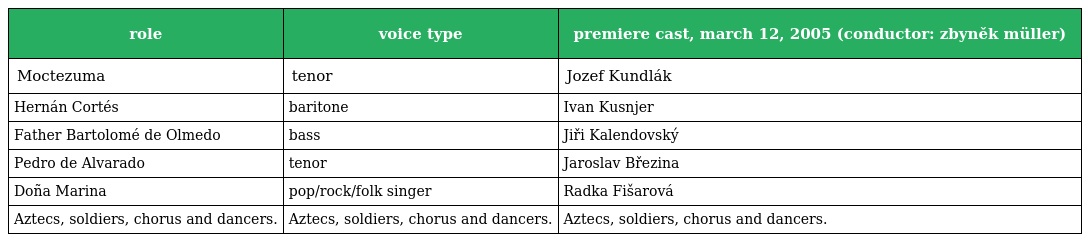
| role | voice type | premiere cast, march 12, 2005 (conductor: zbyněk müller) |
 | --- | --- | --- |
 | Moctezuma | tenor | Jozef Kundlák |
 | Hernán Cortés | baritone | Ivan Kusnjer |
 | Father Bartolomé de Olmedo | bass | Jiři Kalendovský |
 | Pedro de Alvarado | tenor | Jaroslav Březina |
 | Doña Marina | pop/rock/folk singer | Radka Fišarová |
 | Aztecs, soldiers, chorus and dancers. | Aztecs, soldiers, chorus and dancers. | Aztecs, soldiers, chorus and dancers. |